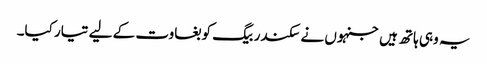
یہ وہی ہاتھ ہیں جنہوں نے سکندر بیگ کو بغاوت کے لیے تیار کیا۔